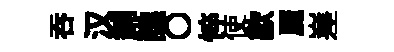
吞汉鋪譙〇悴使歙麗嵳